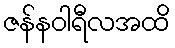
ဇန်နဝါရီလအထိ